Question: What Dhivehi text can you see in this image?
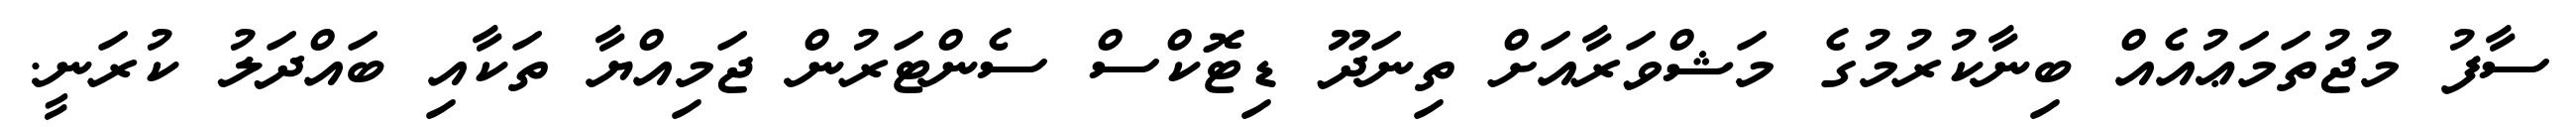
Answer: ސާފު މުޖުތަމަޢުއެއް ބިނާކުރުމުގެ މަޝްވަރާއަށް ތިނަދޫ ޑިޓޮކްސް ސެންޓަރުން ޖަމިއްޔާ ތަކާއި ބައްދަލު ކުރަނީ.